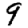
Digit: 9